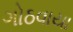
ગોઠવાયા